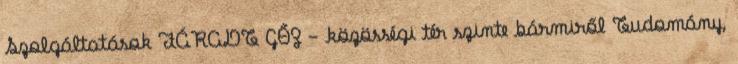
Szolgáltatások FÁRADT GŐZ - közösségi tér szinte bármiről Tudomány,